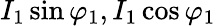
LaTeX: I_{1}\sin\varphi_{1},I_{1}\cos\varphi_{1}